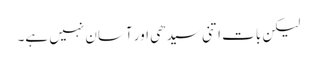
لیکن بات اتنی سیدھی اور آسان نہیں ہے۔